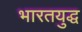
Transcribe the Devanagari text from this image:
भारतयुद्ध